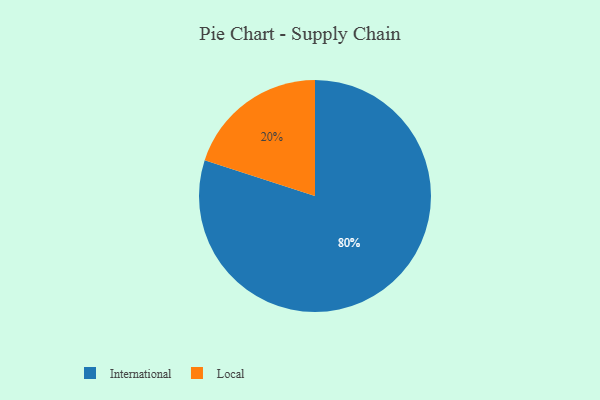
{"axis": {"x": "Category", "y": "Percentage"}, "legend": ["International", "Local"], "data": [{"x": "Local", "y": 20, "type": "Local"}, {"x": "International", "y": 80, "type": "International"}]}